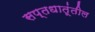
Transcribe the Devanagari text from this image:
सप्तधातूंतील